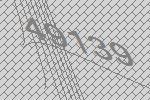
49139